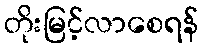
တိုးမြင့်လာစေရန်